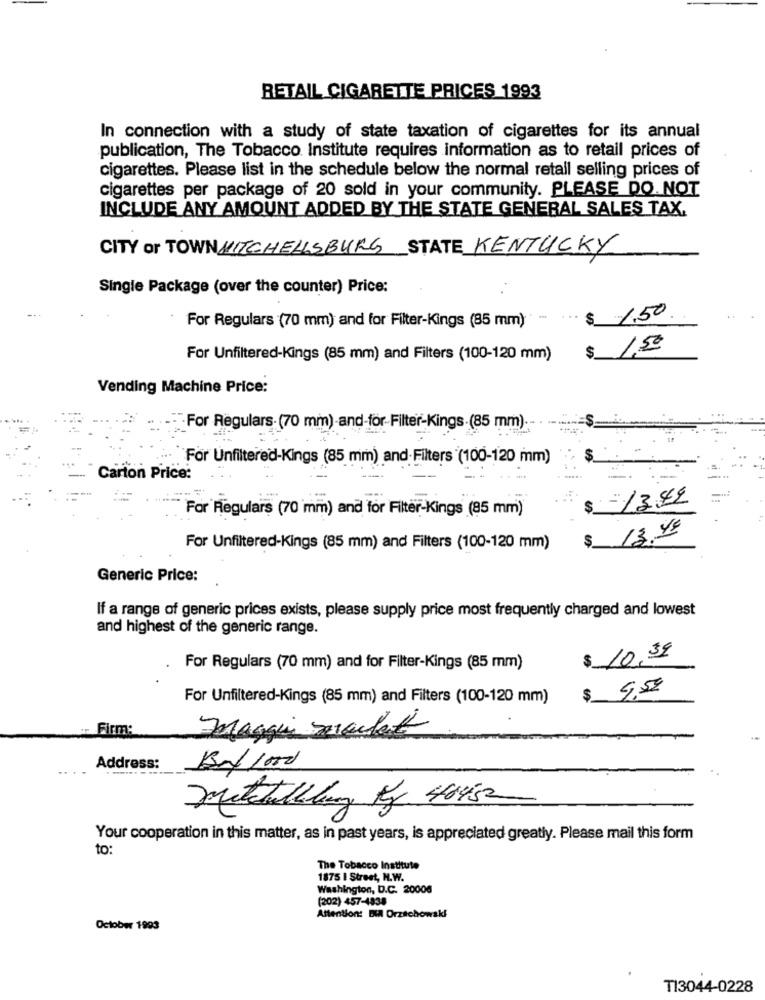
RETAIL CIGARETTE PRICES 1993
In connection with a study of state taxation of cigarettes for its annual
publication, The Tobacco Institute requires information as to retail prices of
cigarettes. Please list in the schedule below the normal retall selling prices of
cigarettes per package of 20 sold in your community. PLEASE DO. NOT
INCLUDE ANY AMOUNT ADDED BY THE STATE GENERAL SALES TAX.
CITY of TOWN MITCHELLSBURG STATE KENTUCKY
Single Package (over the counter) Price:
$ 1.50
For Regulars (70 mm) and for Filter-Kings (85 mm)
$ 1,50
For Unfiltered-Kings (85 mm) and Filters (100-120 mm)
Vending Machine Price:
For Regulars. (70 mm) and-for-Filter-Kings .(85 mm)
For Unfiltered-Kings (85 mm) and-Filters (100-120 mm)
Carton Price:
---
$ -13.49
For Regulars (70 mm) and for Filter-Kings (85 mm)
$
13.99
For Unfiltered-Kings (85 mm) and Filters (100-120 mm)
Generic Price:
If a range of generic prices exists, please supply price most frequently charged and lowest
and highest of the generic range.
$ 10,39
For Regulars (70 mm) and for Filter-Kings (85 mm)
$ 4.50
For Unfiltered-Kings (85 mm) and Filters (100-120 mm)
Firm:
Maggie mealett
Bal 1000
Address:
Mitchellug Kg 46452
Your cooperation in this matter, as in past years, is appreciated greatly. Please mail this form
to:
The Tobacco Institute
1875 | Street, H.W.
Washington, D.C. 20006
(202) 457-4838
Attention: BIA Orzechowski
October 1993
T13044-0228